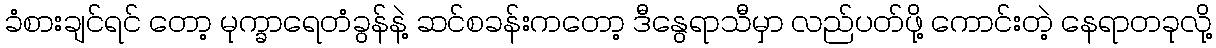
ခံစားချင်ရင် တော့ မုက္ခာရေတံခွန်နဲ့ ဆင်စခန်းကတော့ ဒီနွေရာသီမှာ လည်ပတ်ဖို့ ကောင်းတဲ့ နေရာတခုလို့